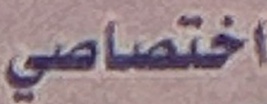
ختصاصي